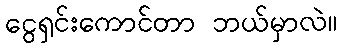
ငွေရှင်းကောင်တာ ဘယ်မှာလဲ။